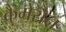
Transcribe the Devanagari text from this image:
कैमेरोन